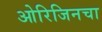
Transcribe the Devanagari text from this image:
ओरिजिनचा